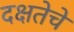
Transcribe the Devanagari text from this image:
दक्षतेचे